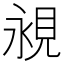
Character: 𧠧